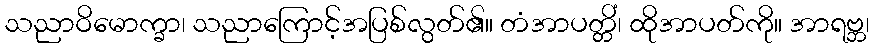
သညာဝိမောက္ခာ၊ သညာကြောင့်အပြစ်လွတ်၏။ တံအာပတ္တိံ၊ ထိုအာပတ်ကို။ အာရဗ္ဘ၊